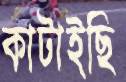
কাটাইছি